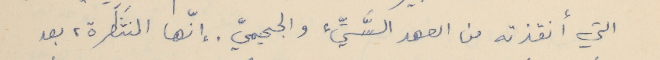
التي أنقذته من العهد السَّيِّء، والجحيميِّ. إنّها المنتَظَرة، بعد